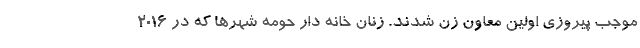
موجب پیروزی اولین معاون زن شدند. زنان خانه دار حومه شهرها که در 2016